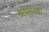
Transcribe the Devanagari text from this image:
श्रीलेखा